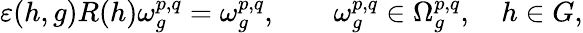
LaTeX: \varepsilon(h,g)R(h)\omega_{g}^{p,q}=\omega_{g}^{p,q},\qquad\omega_{g}^{p,q}\in\Omega_{g}^{p,q},\quad h\in G,